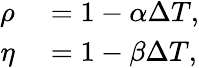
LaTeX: \begin{array}{rl}{\rho}&{{}=1-\alpha\Delta T,}\\ {\eta}&{{}=1-\beta\Delta T,}\end{array}